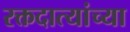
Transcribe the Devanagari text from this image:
रक्तदात्यांच्या